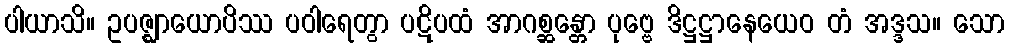
ပါယာသိ။ ဥပဇ္ဈာယောပိဿ ပဝါရေတွာ ပဋိပထံ အာဂစ္ဆန္တော ပုဗ္ဗေ ဒိဋ္ဌဋ္ဌာနေယေဝ တံ အဒ္ဒသ။ သော